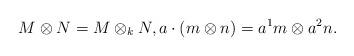
LaTeX: \begin{gather*} M \otimes N = M \otimes_k N, a\cdot (m\otimes n) = a^1m\otimes a^2n.\end{gather*}